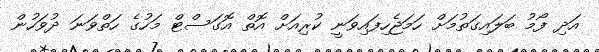
އަދި ފޯމު ބަލައިގަތުމަށް ހަމަޖެހިފައިވަނީ ކުރިއަށް އޮތް އޮގަސްޓް މަހުގެ ހަތްވަނަ ދުވަހުން